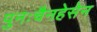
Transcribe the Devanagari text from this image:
पुनःचैनहेसेन